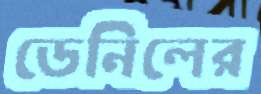
ডেনিলের